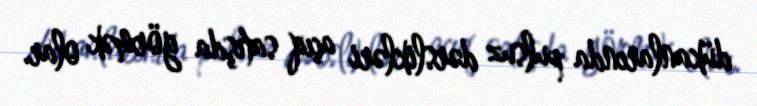
dükanlarında pulsuz dərslikləri açıq satışda görmək olar.